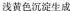
浅黄色沉淀生成